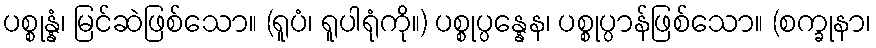
ပစ္စုန္နံ၊ မြင်ဆဲဖြစ်သော။ (ရူပံ၊ ရူပါရုံကို။) ပစ္စုပ္ပန္နေန၊ ပစ္စုပ္ပာန်ဖြစ်သော။ (စက္ခုနာ၊